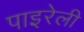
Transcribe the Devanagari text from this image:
पाइरेली